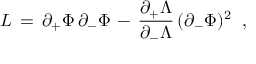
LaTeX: { \cal L } \, = \, \partial _ { + } \Phi \, \partial _ { - } \Phi \, - \, { \frac { \partial _ { + } \Lambda } { \partial _ { - } \Lambda } } \, ( \partial _ { - } \Phi ) ^ { 2 } \; \; ,